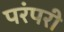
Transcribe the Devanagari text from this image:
परंपरी